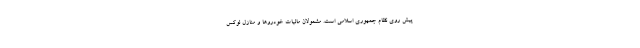
پیش روی نظام جمهوری اسلامی است. مشمولان مالیات خودروها و منازل لوکس